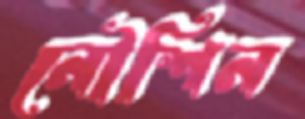
নৌশিন